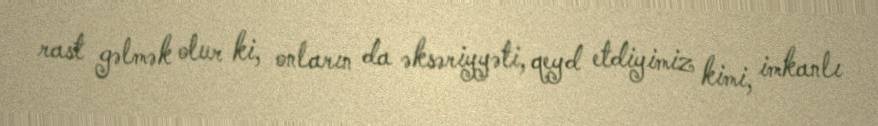
rast gəlmək olur ki, onların da əksəriyyəti, qeyd etdiyimiz kimi, imkanlı